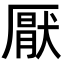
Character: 厭